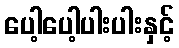
ပေါ့ပေါ့ပါးပါးနှင့်